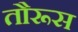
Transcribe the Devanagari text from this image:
तौरूस